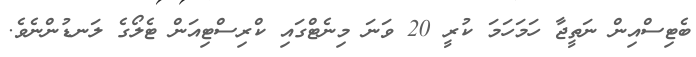
ބެޓިސްއިން ނަތީޖާ ހަމަހަމަ ކުރީ 20 ވަނަ މިނެޓްގައި ކްރިސްޓިއަން ޓެލޯގެ ލަނޑުންނެވެ.